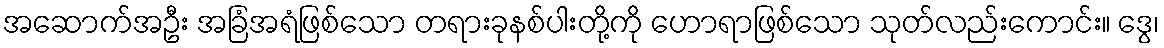
အဆောက်အဦး အခြံအရံဖြစ်သော တရားခုနစ်ပါးတို့ကို ဟောရာဖြစ်သော သုတ်လည်းကောင်း။ ဒွေ၊